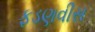
ફડણવીસ